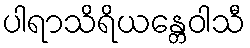
ပါရာသိရိယန္တေဝါသီ